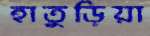
হাতুড়িয়া